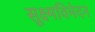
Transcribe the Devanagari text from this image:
सूक्ष्मविभेदन